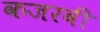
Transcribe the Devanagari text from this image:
कजरवी